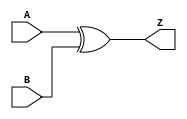
module xor2 (A, B, Z);
    input A, B;
    output Z;
    
    xor(Z, A, B);
endmodule